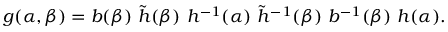
g ( \alpha , \beta ) = b ( \beta ) \ \tilde { h } ( \beta ) \, \, h ^ { - 1 } ( \alpha ) \, \, \tilde { h } ^ { - 1 } ( \beta ) \ b ^ { - 1 } ( \beta ) \ h ( \alpha ) .